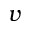
\boldsymbol { v }